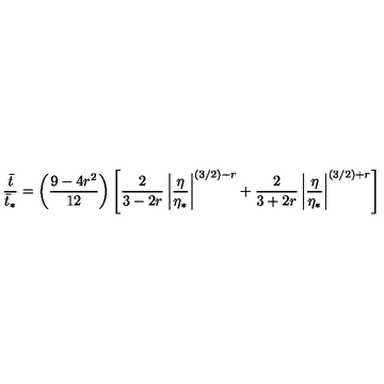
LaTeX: { \frac { \bar { t } } { \bar { t } _ { * } } } = \left( { \frac { 9 - 4 r ^ { 2 } } { 1 2 } } \right) \left[ { \frac { 2 } { 3 - 2 r } } \left| { \frac { \eta } { \eta _ { * } } } \right| ^ { ( 3 / 2 ) - r } + { \frac { 2 } { 3 + 2 r } } \left| { \frac { \eta } { \eta _ { * } } } \right| ^ { ( 3 / 2 ) + r } \right]